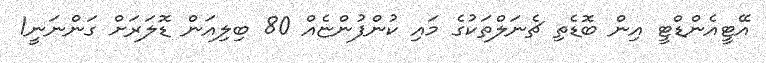
އޭޓީއެންޑްޓީ އިން ބޮޑެތި ޗެނަލްތަކުގެ މައި ކުންފުންޏެއް 80 ބިލިއަން ޑޮލަރަށް ގަންނަނީ1